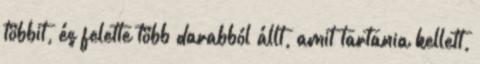
többit, és felette több darabból állt, amit tartania kellett,